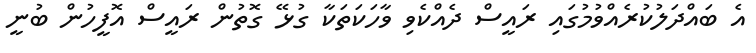
އެ ބައްދަލުކުރެއްވުމުގައި ރައީސް ދެއްކެވި ވާހަކަތަކާ ގުޅޭ ގޮތުން ރައީސް އޮފީހުން ބުނީ